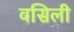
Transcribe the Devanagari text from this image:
वसिली